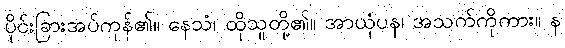
ပိုင်းခြားအပ်ကုန်၏။ နေသံ၊ ထိုသူတို့၏။ အာယုံပန၊ အသက်ကိုကား။ န